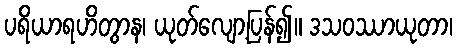
ပရိယာရဟိတွာန၊ ယုတ်လျော့ပြန်၍။ ဒသဝဿာယုတာ၊